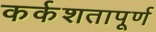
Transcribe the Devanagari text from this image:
कर्कशतापूर्ण